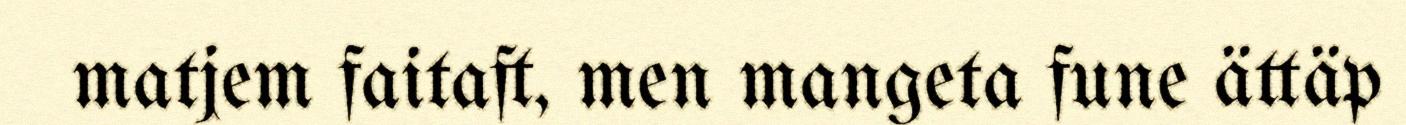
matjem faitaft, men mangeta fune ättäp